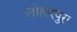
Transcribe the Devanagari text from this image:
लोहारपुरा